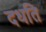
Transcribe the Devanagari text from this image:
दधति